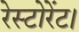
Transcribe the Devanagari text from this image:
रेस्टोरेंट।